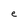
Character: e